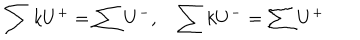
\sum k U ^ { + } = \sum U ^ { - } , \sum k U ^ { - } = \sum U ^ { + }